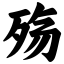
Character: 殇